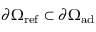
\partial \Omega _ { \mathrm { { r e f } } } \subset \partial \Omega _ { \mathrm { { a d } } }